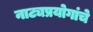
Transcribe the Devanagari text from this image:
नाट्यप्रयोगांचे